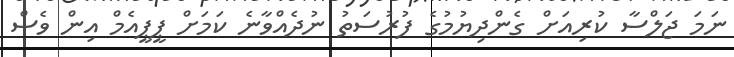
ނަމަ ޖަލްސާ ކުރިއަށް ގެންދިޔުމުގެ ފުރުސަތު ނުދެއްވާނެ ކަމަށް ޕީޕީއެމް އިން ވެސް